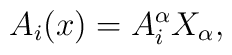
A_i(x) = A_i^\alpha X_\alpha,